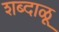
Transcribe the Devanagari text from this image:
शब्दाळू